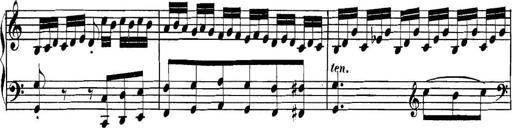
Title: Collected Piano Sonatas
Composer: Muzio Clementi